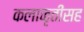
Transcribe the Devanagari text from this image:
कलाकृतींसह